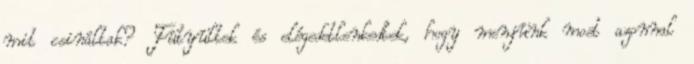
mit csináltak? Fütyültek és elégedetlenkedtek, hogy menjünk most azonnal